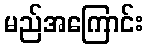
မည်အကြောင်း